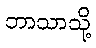
ဘာသာသို့